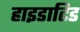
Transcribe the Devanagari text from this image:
हाइडाटिड